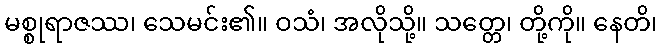
မစ္စုရာဇဿ၊ သေမင်း၏။ ဝသံ၊ အလိုသို့။ သတ္တေ၊ တို့ကို။ နေတိ၊